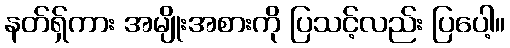
နတ်ရှ်ကား အမျိုးအစားကို ပြသင့်လည်း ပြပေါ့။